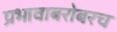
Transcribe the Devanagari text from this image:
प्रभावाबरोबरच